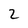
Character: 2